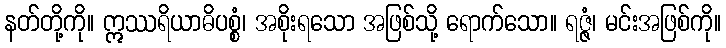
နတ်တို့ကို။ ဣဿရိယာဓိပစ္စံ၊ အစိုးရသော အဖြစ်သို့ ရောက်သော။ ရဇ္ဇံ၊ မင်းအဖြစ်ကို။